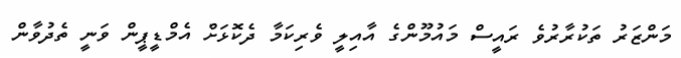
މަންޒަރު ތަކުރާރުވެ ރައީސް މައުމޫންގެ އާއިލީ ވެރިކަމާ ދެކޮޅަށް އެމްޑީޕީން ވަނީ ތެދުވާން